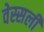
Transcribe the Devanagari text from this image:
वेस्सली